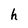
Character: h